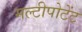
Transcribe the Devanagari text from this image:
मल्टीपोटेंट